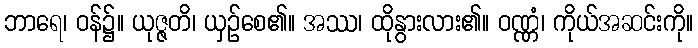
ဘာရေ၊ ဝန်၌။ ယုဇ္ဇတိ၊ ယှဉ်စေ၏။ အဿ၊ ထိုနွားလား၏။ ဝဏ္ဏံ၊ ကိုယ်အဆင်းကို။